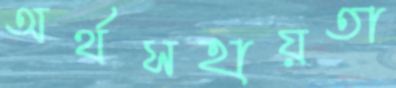
অর্থসহায়তা